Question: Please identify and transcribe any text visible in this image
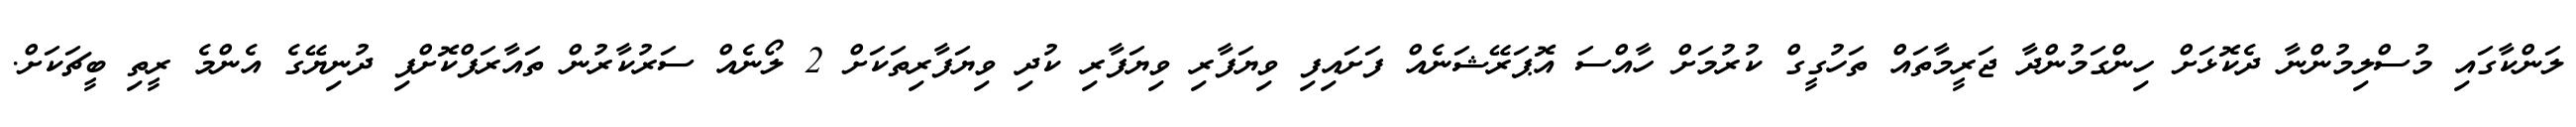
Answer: ލަންކާގައި މުސްލިމުންނާ ދެކޮޅަށް ހިންގަމުންދާ ޖަރީމާތައް ތަހުގީގް ކުރުމަށް ހާއްސަ އޮޕަރޭޝަނެއް ފަށައިފި ވިޔަފާރި ވިޔަފާރި ކުދި ވިޔަފާރިތަކަށް 2 ލޯނެއް ސަރުކާރުން ތައާރަފްކޮށްފި ދުނިޔޭގެ އެންމެ ރީތި ބީޗަކަށް.